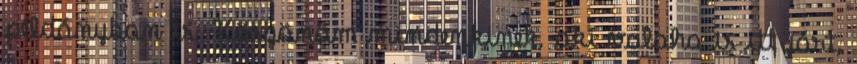
példányban is. Köszönöm mindenkinek, aki valaha is itt járt,